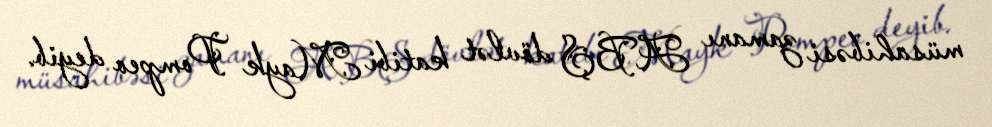
müsahibəsi zamanı ABŞ dövlət katibi Mayk Pompeo deyib.